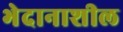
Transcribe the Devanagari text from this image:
भेदानाशील